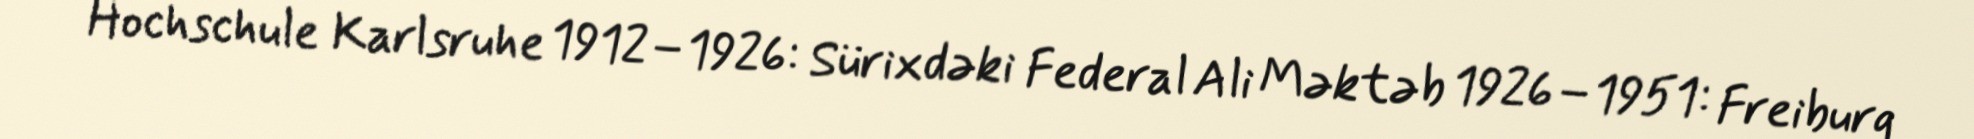
Hochschule Karlsruhe 1912–1926: Sürixdəki Federal Ali Məktəb 1926–1951: Freiburg